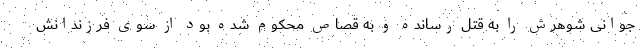
جوانی شوهرش را به قتل رسانده و به قصاص محکوم شده بود از سوی فرزندانش